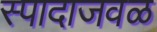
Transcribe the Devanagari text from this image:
स्पादाजवळ